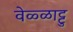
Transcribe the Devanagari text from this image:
वेळ्ळाट्टु